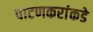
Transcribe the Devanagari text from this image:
पाटणकरांकडे